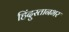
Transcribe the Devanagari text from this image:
हिंदुस्तानभर